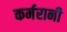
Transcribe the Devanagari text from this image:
कर्मरानी